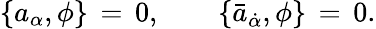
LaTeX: \{ a_{\alpha},\phi\} \, =\, 0,\qquad\{ \bar{a}_{\dot{\alpha}},\phi\} \, =\, 0.